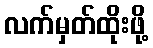
လက်မှတ်ထိုးဖို့